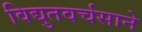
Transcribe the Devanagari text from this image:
विद्युतवर्चसाने